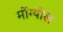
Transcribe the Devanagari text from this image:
मोंग्योल